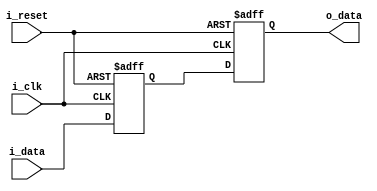
module IOBuffer (
    input wire i_clk,
    input wire i_reset,
    input wire i_data,
    output reg o_data
);

reg internal_data;
reg external_data;

always @(posedge i_clk or posedge i_reset) begin
    if (i_reset) begin
        internal_data <= 1'b0;
        external_data <= 1'b0;
    end else begin
        internal_data <= i_data;
        external_data <= internal_data;
    end
end

assign o_data = external_data;

endmodule